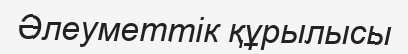
Әлеуметтік құрылысы